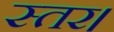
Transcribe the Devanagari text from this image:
स्तर।